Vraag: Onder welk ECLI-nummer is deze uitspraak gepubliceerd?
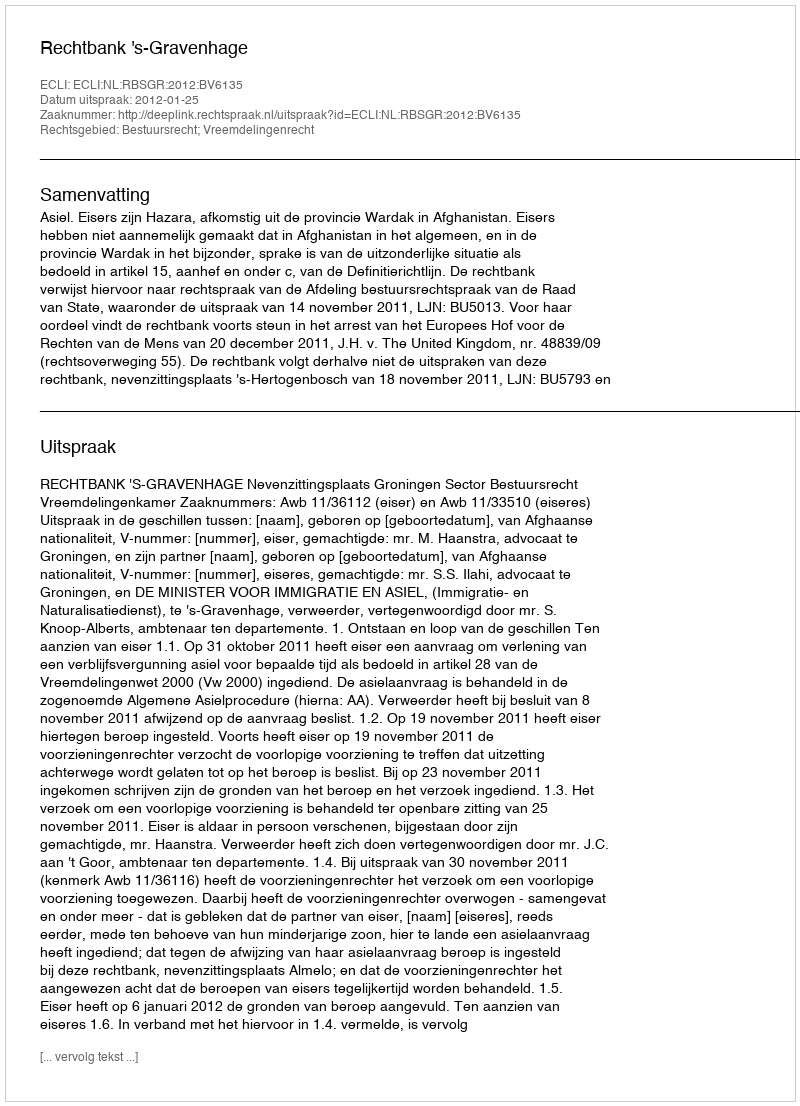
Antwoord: ECLI:NL:RBSGR:2012:BV6135